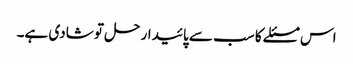
اس مسئلے کا سب سے پائیدار حل تو شادی ہے۔